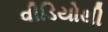
વીડિયોથી